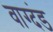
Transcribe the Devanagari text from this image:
वाग्दंड